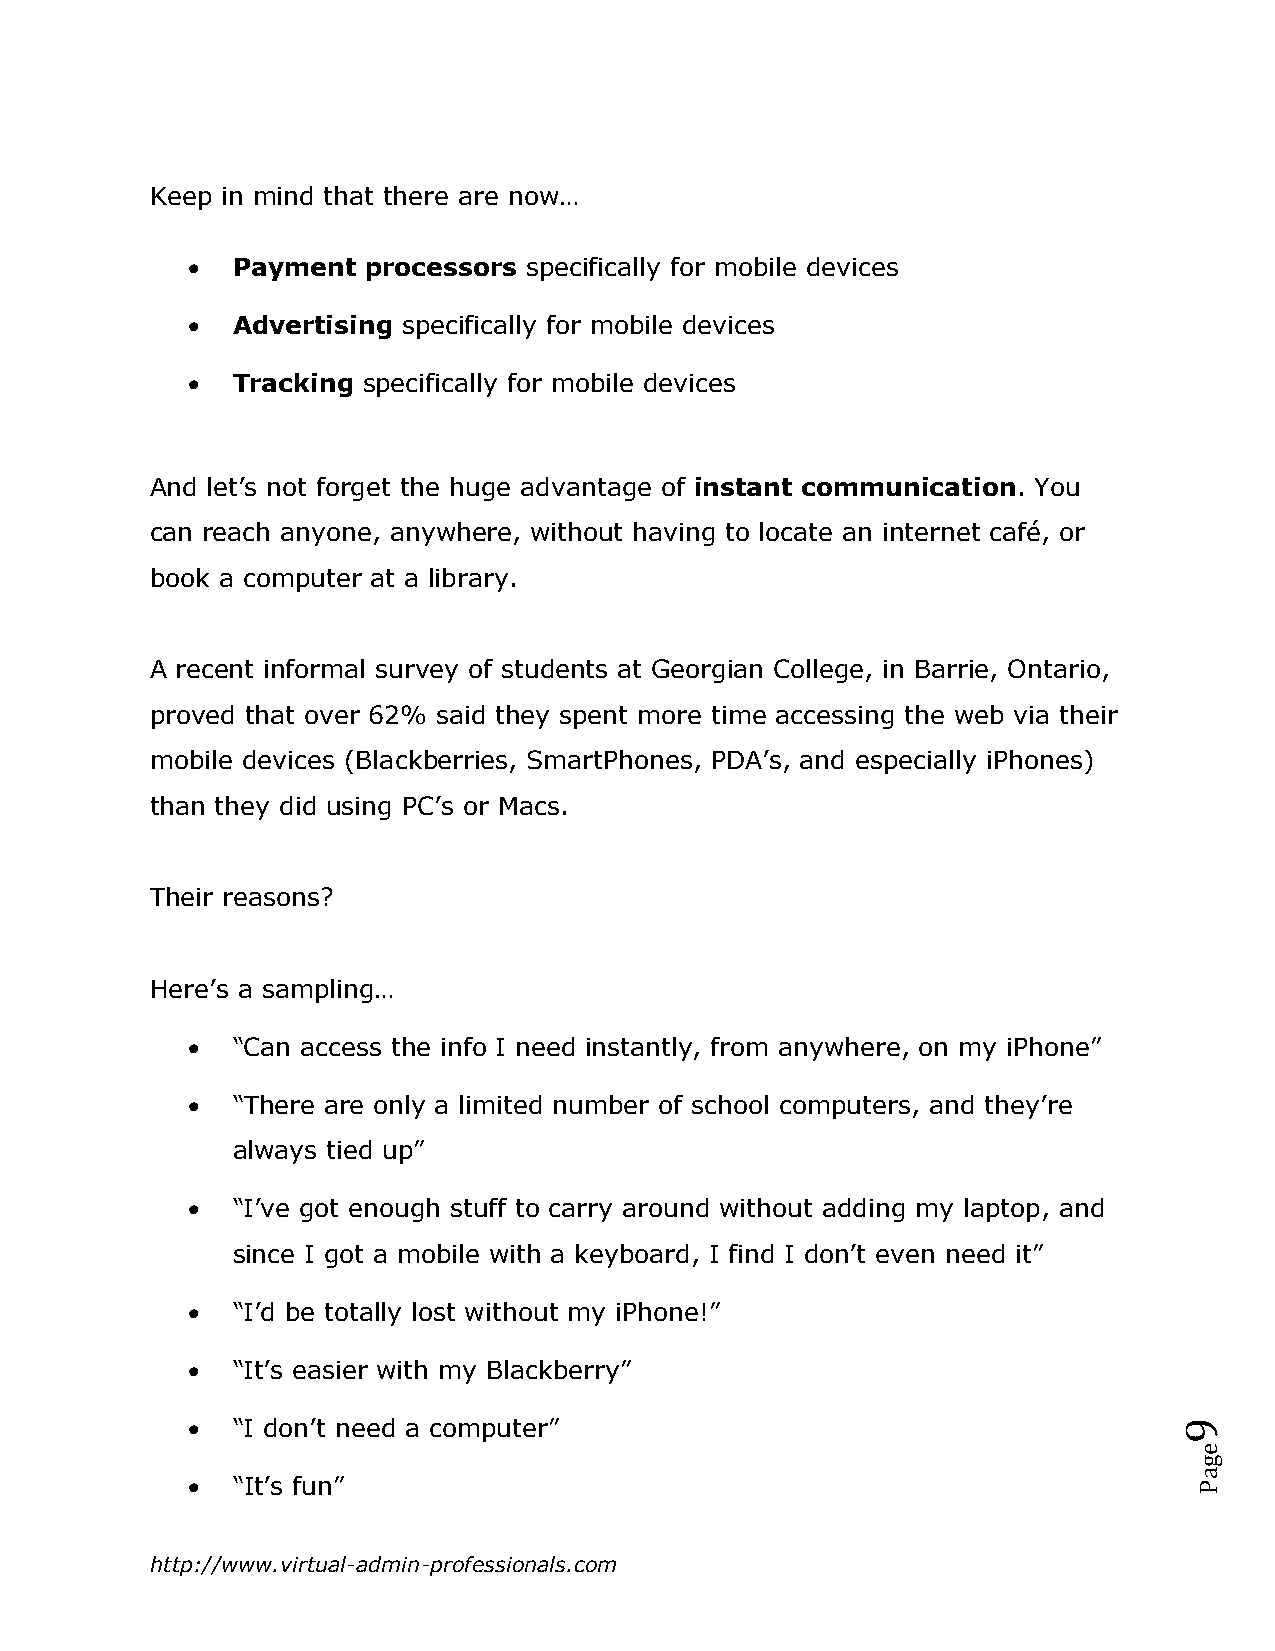
Keep in mind that there are now…
   Payment  processors specifically for mobile devices
   Advertising specifically for mobile devices
   Tracking specifically for mobile devices
 And let‟s not forget the huge advantage of instant communication. You
 can reach anyone, anywhere, without having to locate an internet café, or
 book a computer at a library.
 A recent informal survey of students at Georgian College, in Barrie, Ontario,
 proved that over 62% said they spent more time accessing the web via their
 mobile devices (Blackberries, SmartPhones, PDA‟s, and especially iPhones)
 than they did using PC‟s or Macs.
 Their reasons?
 Here‟s a sampling…
   “Can access the info I need instantly, from anywhere, on my iPhone”
   “There are only a limited number of school computers, and they‟re
 always tied up”
   “I‟ve got enough stuff to carry around without adding my laptop, and
 since I got a mobile with a keyboard, I find I don‟t even need it”
   “I‟d be totally lost without my iPhone!”
   “It‟s easier with my Blackberry”
   “I don‟t need a computer”                                      9
 e
 g
 a
   “It‟s fun”                                                      P
 http://www.virtual-admin-professionals.com